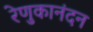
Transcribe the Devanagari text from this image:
रेणुकानंदन